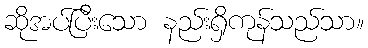
ဆိုအပ်ပြီးသော နည်းရှိကုန်သည်သာ။